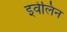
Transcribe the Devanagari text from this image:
इवेलिन